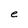
Character: e